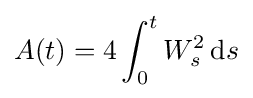
A(t)=4\int _{0}^{t}W_{s}^{2}\,\mathrm {d} s